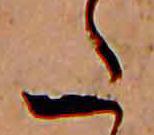
た